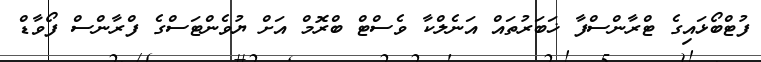
ފުޓްބޯޅައިގެ ޓްރާންސްފާ ޚަބަރުތައް އަނެލްކާ ވެސްޓް ބްރޮމް އަށް ޔުވެންޓަސްގެ ފްރާންސް ފޯވާޑް